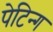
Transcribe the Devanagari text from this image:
पेटिन्ग